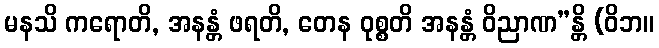
မနသိ ကရောတိ, အနန္တံ ဖရတိ, တေန ဝုစ္စတိ အနန္တံ ဝိညာဏ”န္တိ (ဝိဘ။